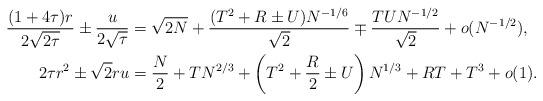
LaTeX: \begin{align*}\begin{aligned}\frac{(1+4\tau)r}{2\sqrt{2\tau}}\pm\frac u{2\sqrt\tau}&=\sqrt{2N}+\frac{(T^2+R\pm U)N^{-1/6}}{\sqrt2}\mp\frac{TUN^{-1/2}}{\sqrt2}+o(N^{-1/2}),\\2\tau r^2\pm\sqrt2ru&=\frac N2+TN^{2/3}+\left(T^2+\frac R2\pm U\right)N^{1/3}+RT+T^3+o(1).\end{aligned}\end{align*}